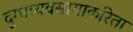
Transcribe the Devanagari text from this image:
दुग्धव्यवसायाकरिता